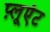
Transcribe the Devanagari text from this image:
प़्लूएंट